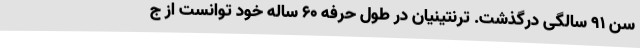
سن ۹۱ سالگی درگذشت. ترنتینیان در طول حرفه ۶۰ ساله خود توانست از ج